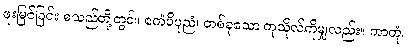
ဖူးမြင်ခြင်း စသည်တို့တွင်။ ဧကံပိပုညံ၊ တစ်ခုသော ကုသိုလ်ကိုမျှလည်း။ ကာတုံ၊